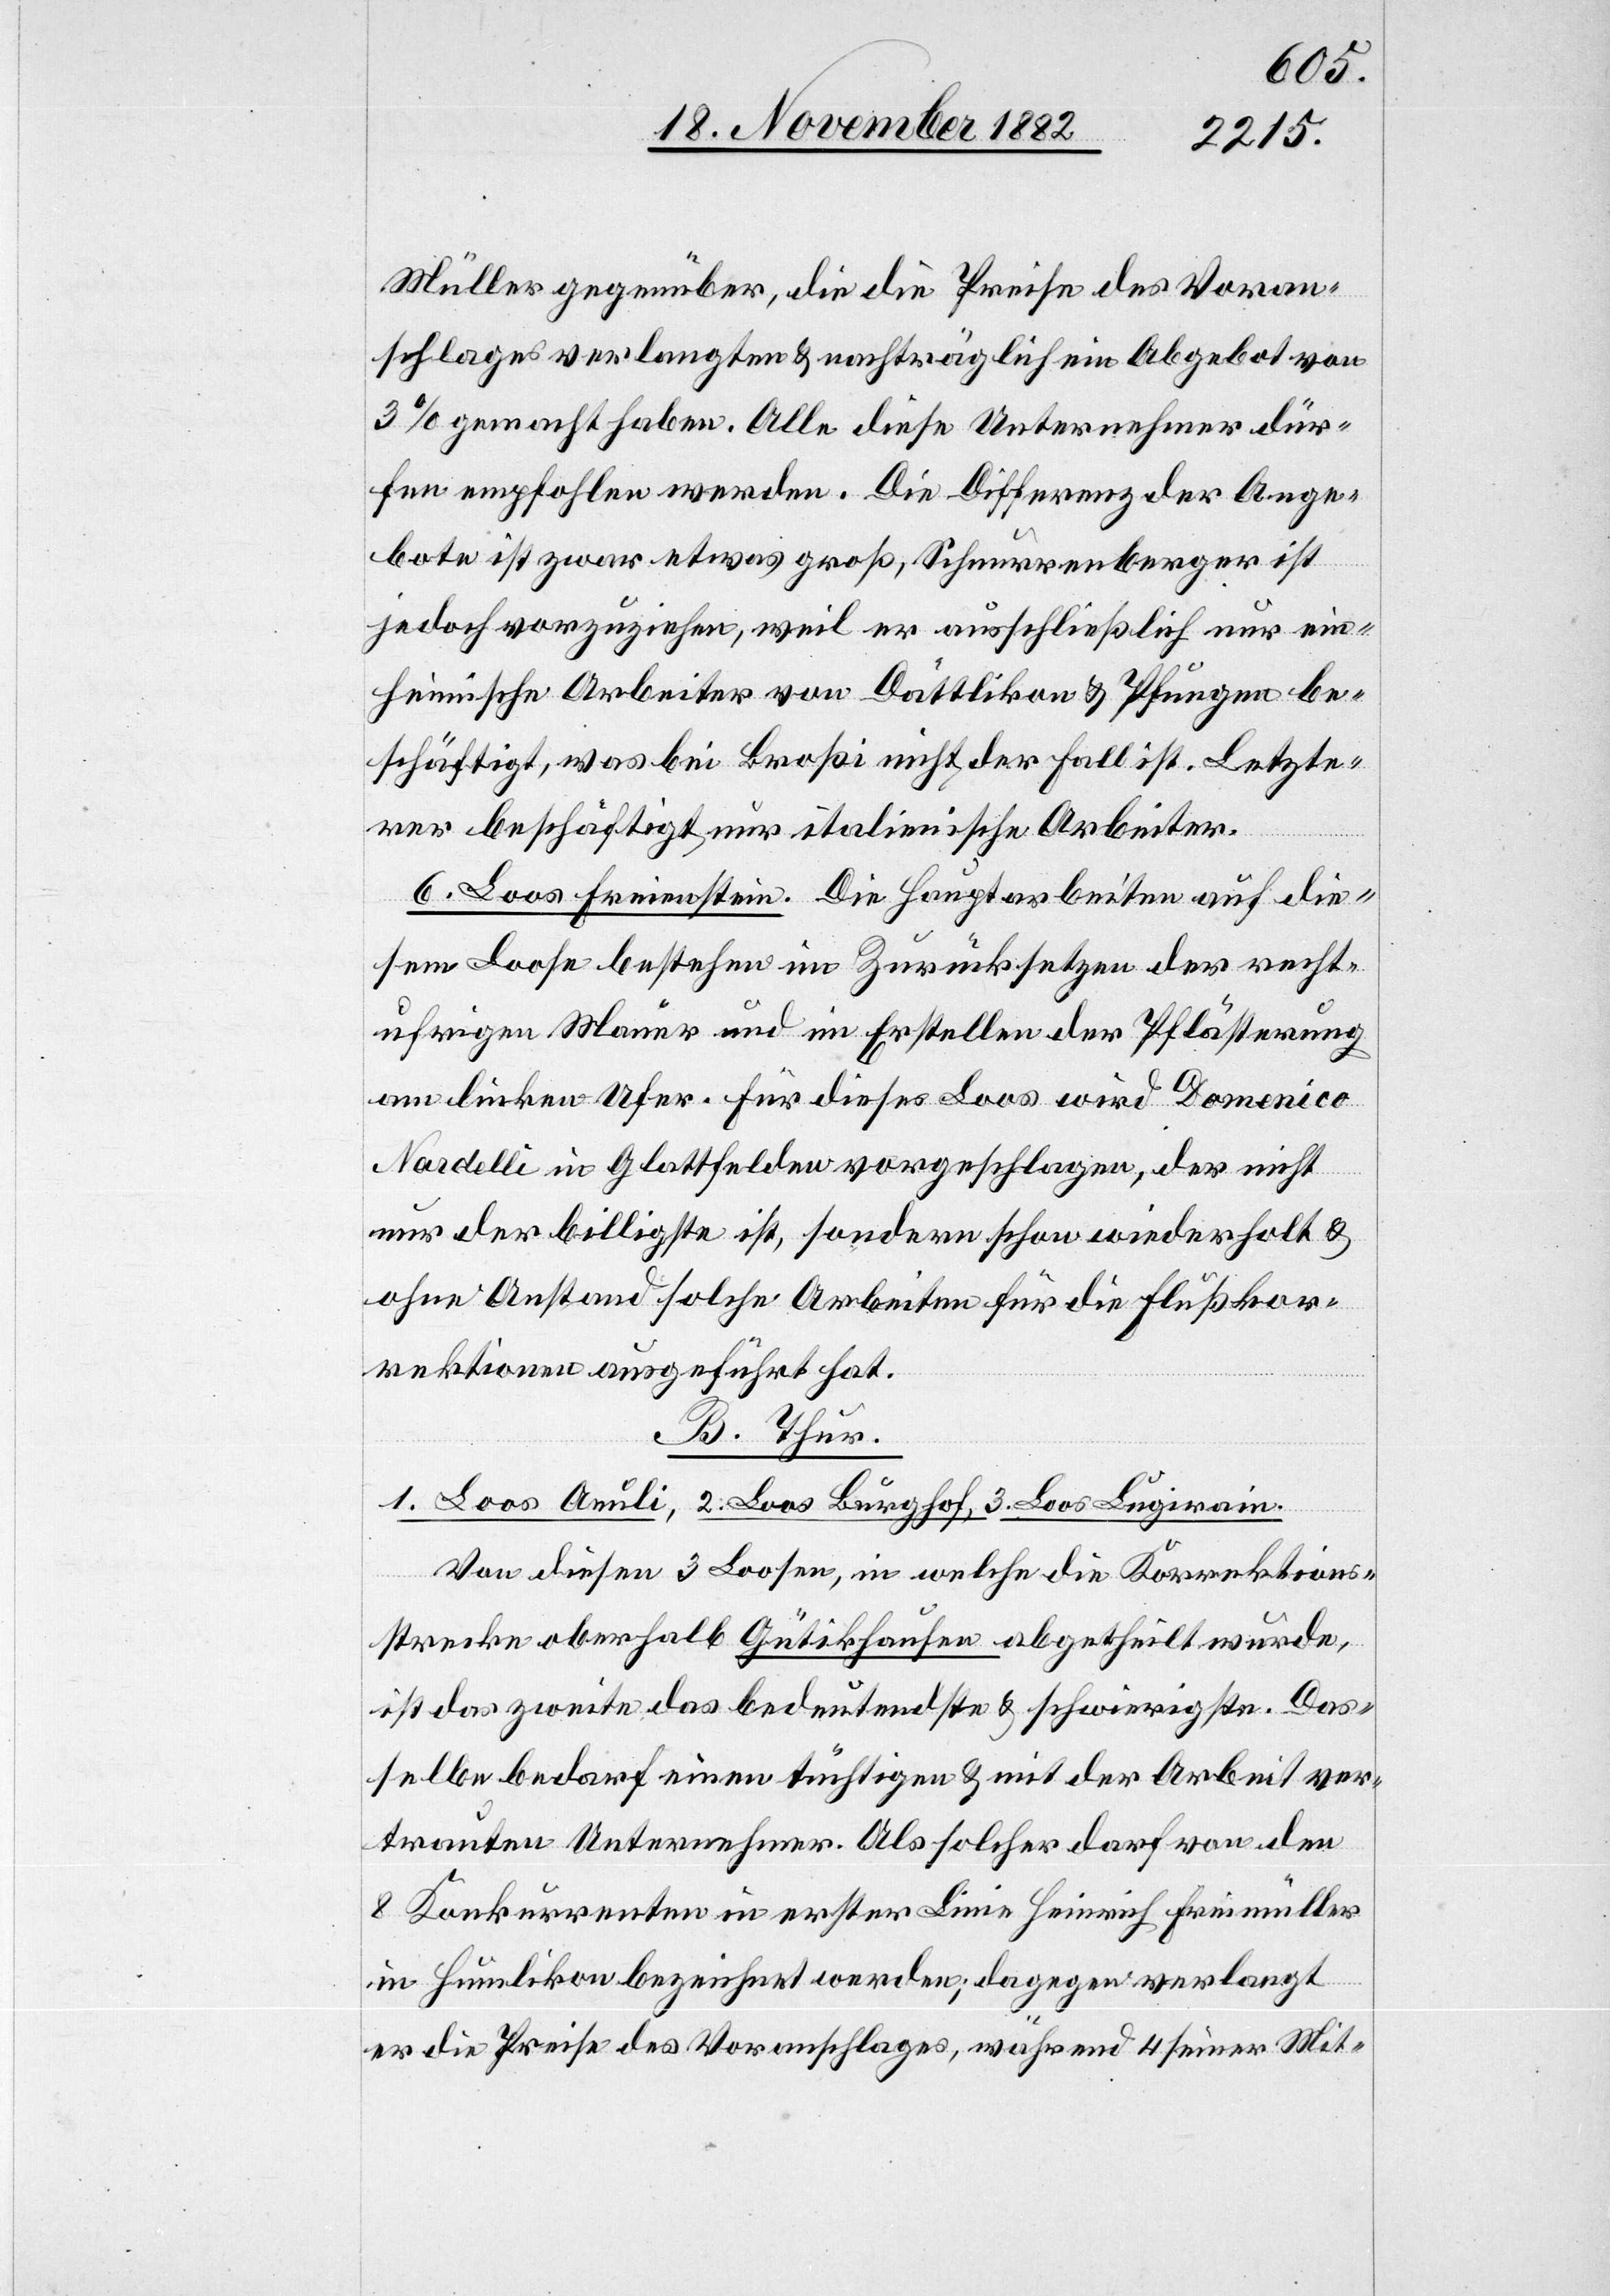
Müller gegenüber, die die Preise des Voran¬
schlages verlangten & nachträglich ein Angebot von
3% gemacht haben. Alle diese Unternehmer dür¬
fen empfohlen werden. Die Differenz der Ange¬
bote ist zwar etwas groß, Schnurrenberger ist
jedoch vorzuziehen, weil er ausschließlich nur ein¬
heimische Arbeiter von Dättlikon & Pfungen be¬
schäftigt, was bei Broßi nicht der Fall ist. Letzte¬
rer beschäftigt nur italienische Arbeiter.
6. Loos Freienstein. Die Hauptarbeiten auf die¬
sem Loose bestehen im Zurücksetzen der rechts¬
ufrigen Mauer und im Erstellen der Pflästerung
am linken Ufer. Für dieses Loos wird Domenico
Nardelli in Glattfelden vorgeschlagen, der nicht
nur der billigste ist, sondern schon wiederholt &
ohne Anstand solche Arbeiten für die Flußrekor¬
rektionen ausgeführt hat.
B. Thur.
1. Loos Aeuli, 2. Loos Burghof, 3. Loos Legirain.
Von diesen 3 Loosen, in welche die Korrektions¬
strecke oberhalb Gütikhausen abgetheilt wurde,
ist das zweite das bedeutendste & schwierigste. Das¬
selbe bedarf einen tüchtigen & mit der Arbeit ver¬
trauten Unternehmer. Als solcher darf von den
8 Konkurrenten in erster Linie Heinrich Freimüller
in Humlikon bezeichnet werden; dagegen verlangt
er die Preise des Voranschlages, während 4 seiner [recte: